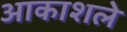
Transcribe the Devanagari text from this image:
आकाशले